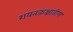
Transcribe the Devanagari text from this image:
शयनकक्षातील